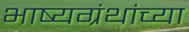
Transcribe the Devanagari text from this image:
भाष्यग्रंथांच्या